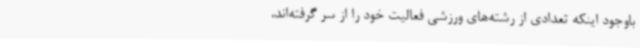
باوجود اینکه تعدادی از رشته‌های ورزشی فعالیت خود را از سر گرفته‌اند،